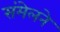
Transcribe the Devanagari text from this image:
संंमेलने